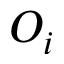
O _ { i }